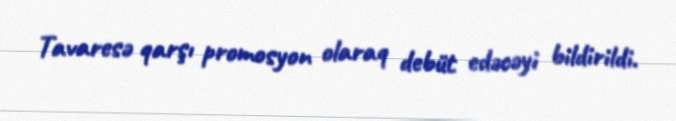
Tavaresə qarşı promosyon olaraq debüt edəcəyi bildirildi.